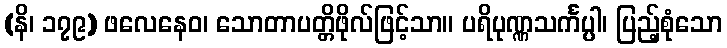
(နိ၊ ၁၇၉) ဖလေနေဝ၊ သောတာပတ္တိဖိုလ်ဖြင့်သာ။ ပရိပုဏ္ဏသင်္ကပ္ပါ၊ ပြည့်စုံသော